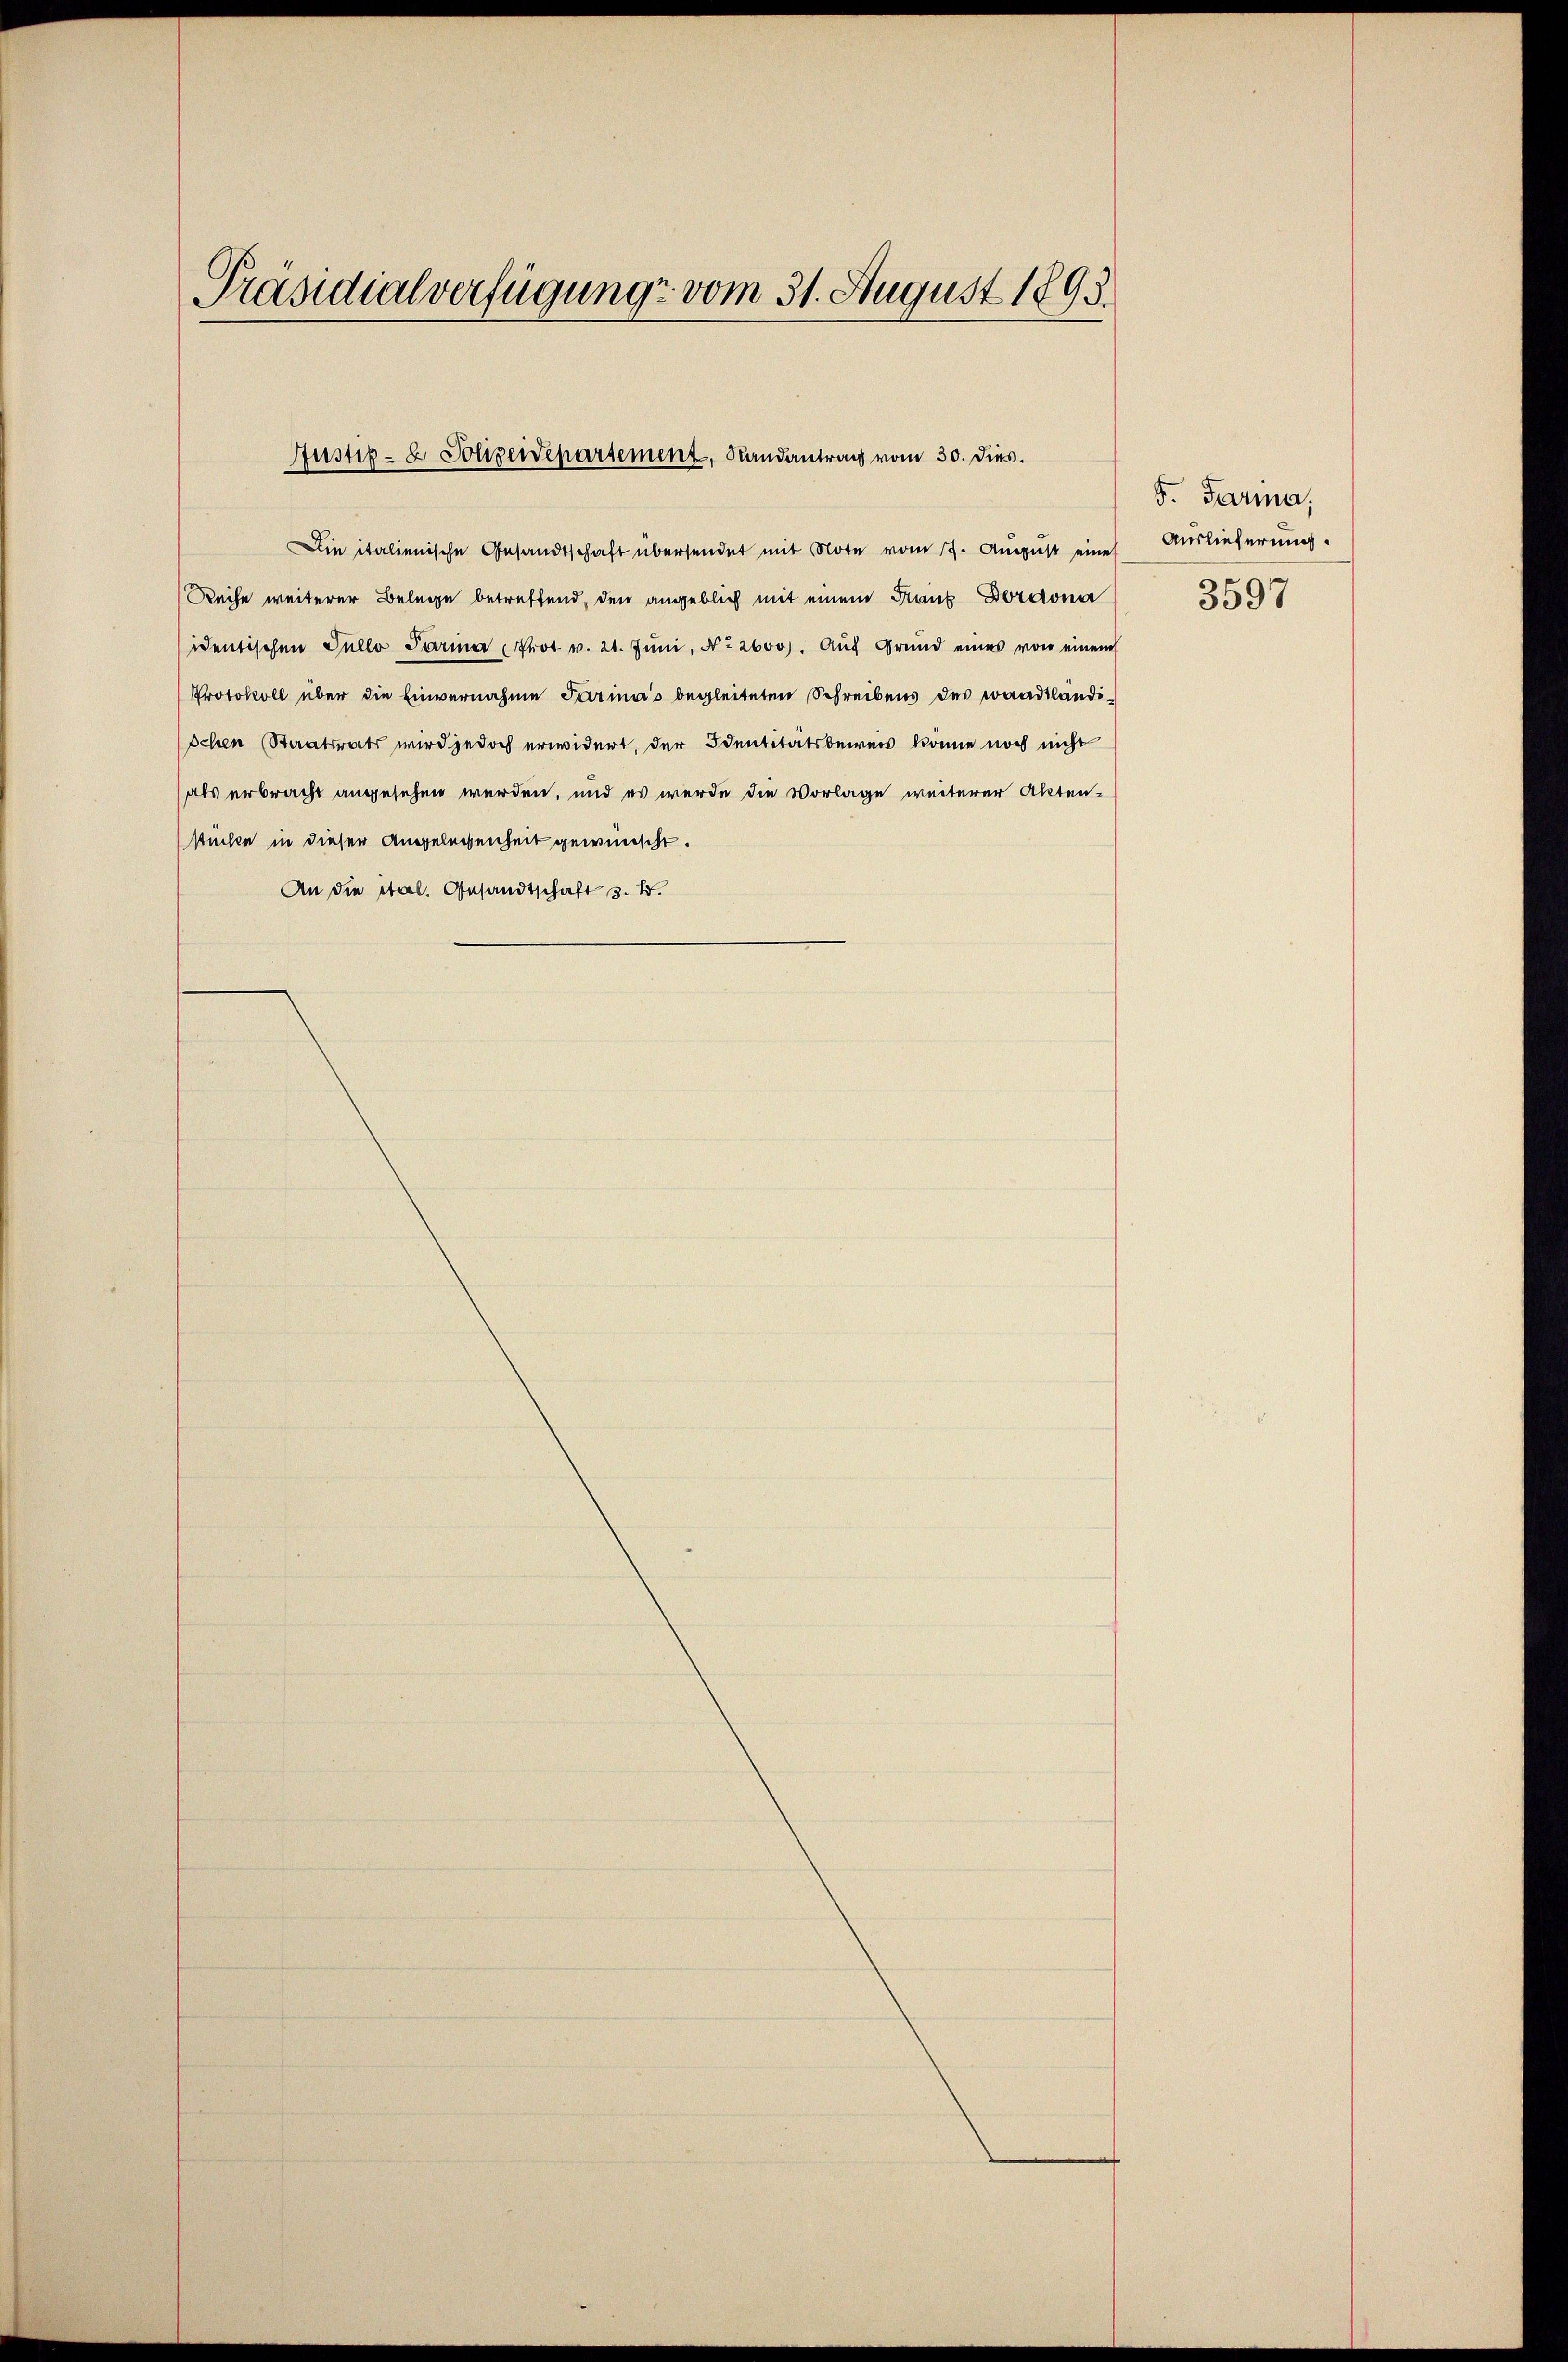
Präsidialverfügung vom 31. August 1895.

Justiz- & Polizeidepartement, Randantrag vom 30. Dies.

Die italienische Gesandtschaft übersendet mit Note vom 17. August eine
Reihe weiterer Belege betreffend, den angeblich mit einem Frank Dordona
identischen Sullo Parina Prot v. 21. Jŭni, No. 2600. Aŭf Grund eines von einem
Protokoll über die Einvernahme Parina's begleiteten Schreibens des waadtländi¬
Ichen Staatsrats wird jedoch erwidert, der Identitätsbeweis könne noch nicht
(als erbracht angesehen werden, und es werde die Vorlage weiterer Aktenstücke in dieser Angelegenheit gewünscht.
An die Stal. Gesandtschaft 3. B.

S. Garma.
Auslieferung.
3597